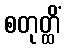
စတုတ္ထိံ